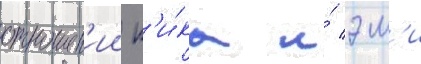
отношен'ии н'и́ка и́ эм'и